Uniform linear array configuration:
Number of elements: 12
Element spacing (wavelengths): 0.75
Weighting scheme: hann
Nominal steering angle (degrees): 0
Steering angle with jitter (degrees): -0.7572
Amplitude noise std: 0.05
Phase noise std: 0.05

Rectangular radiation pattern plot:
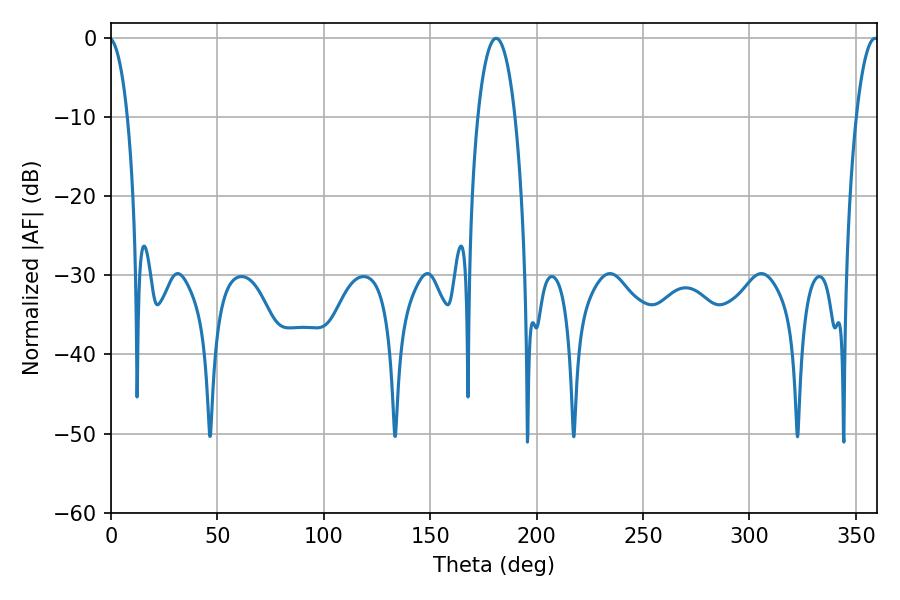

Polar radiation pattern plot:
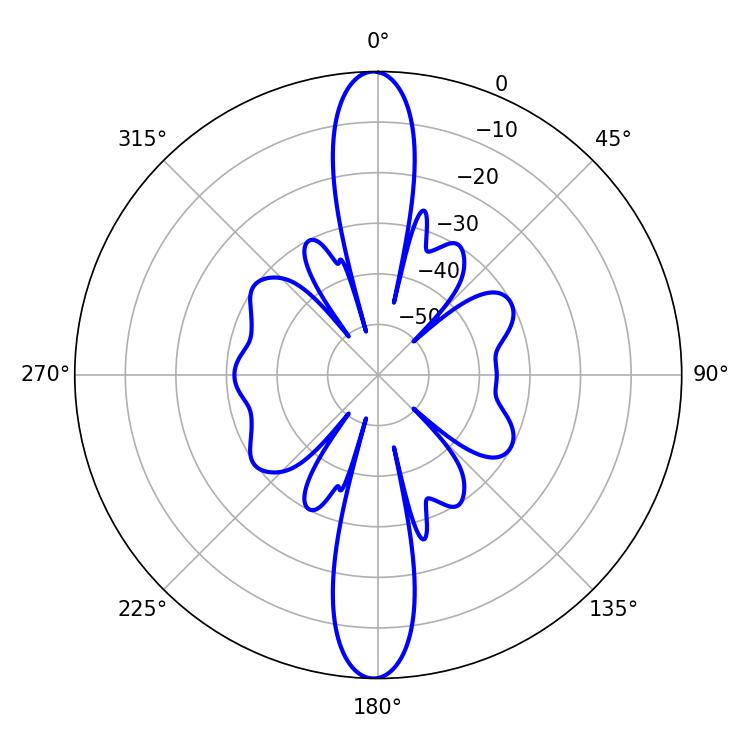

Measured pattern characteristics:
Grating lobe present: TRUE
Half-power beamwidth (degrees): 9.9
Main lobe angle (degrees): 180.9